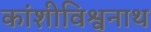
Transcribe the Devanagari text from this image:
कांशीविश्वनाथ